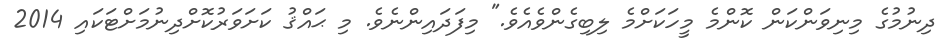
ދިނުމުގެ މިނިވަންކަން ކޮންމެ މީހަކަށްމެ ލިބިގެންވެއެވެ." މިފަދައިންނެވެ. މި ޙައްޤު ކަށަވަރުކޮށްދިނުމަށްޓަކައި 2014